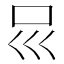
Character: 𠮰